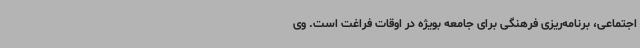
اجتماعی، برنامه‌ریزی فرهنگی برای جامعه بویژه در اوقات فراغت است. وی